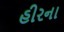
હીરના